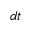
d t